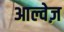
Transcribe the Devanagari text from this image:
आल्वेज़